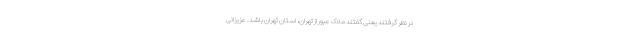
در نظر گرفتند یعنی گفتند ملاک عبور از تهران، استان تهران باشد. عزیزانی